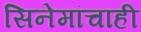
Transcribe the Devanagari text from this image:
सिनेमांचाही